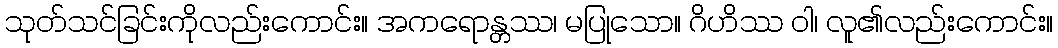
သုတ်သင်ခြင်းကိုလည်းကောင်း။ အကရောန္တဿ၊ မပြုသော။ ဂိဟိဿ ဝါ၊ လူ၏လည်းကောင်း။